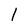
Character: l